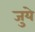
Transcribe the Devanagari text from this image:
जुये